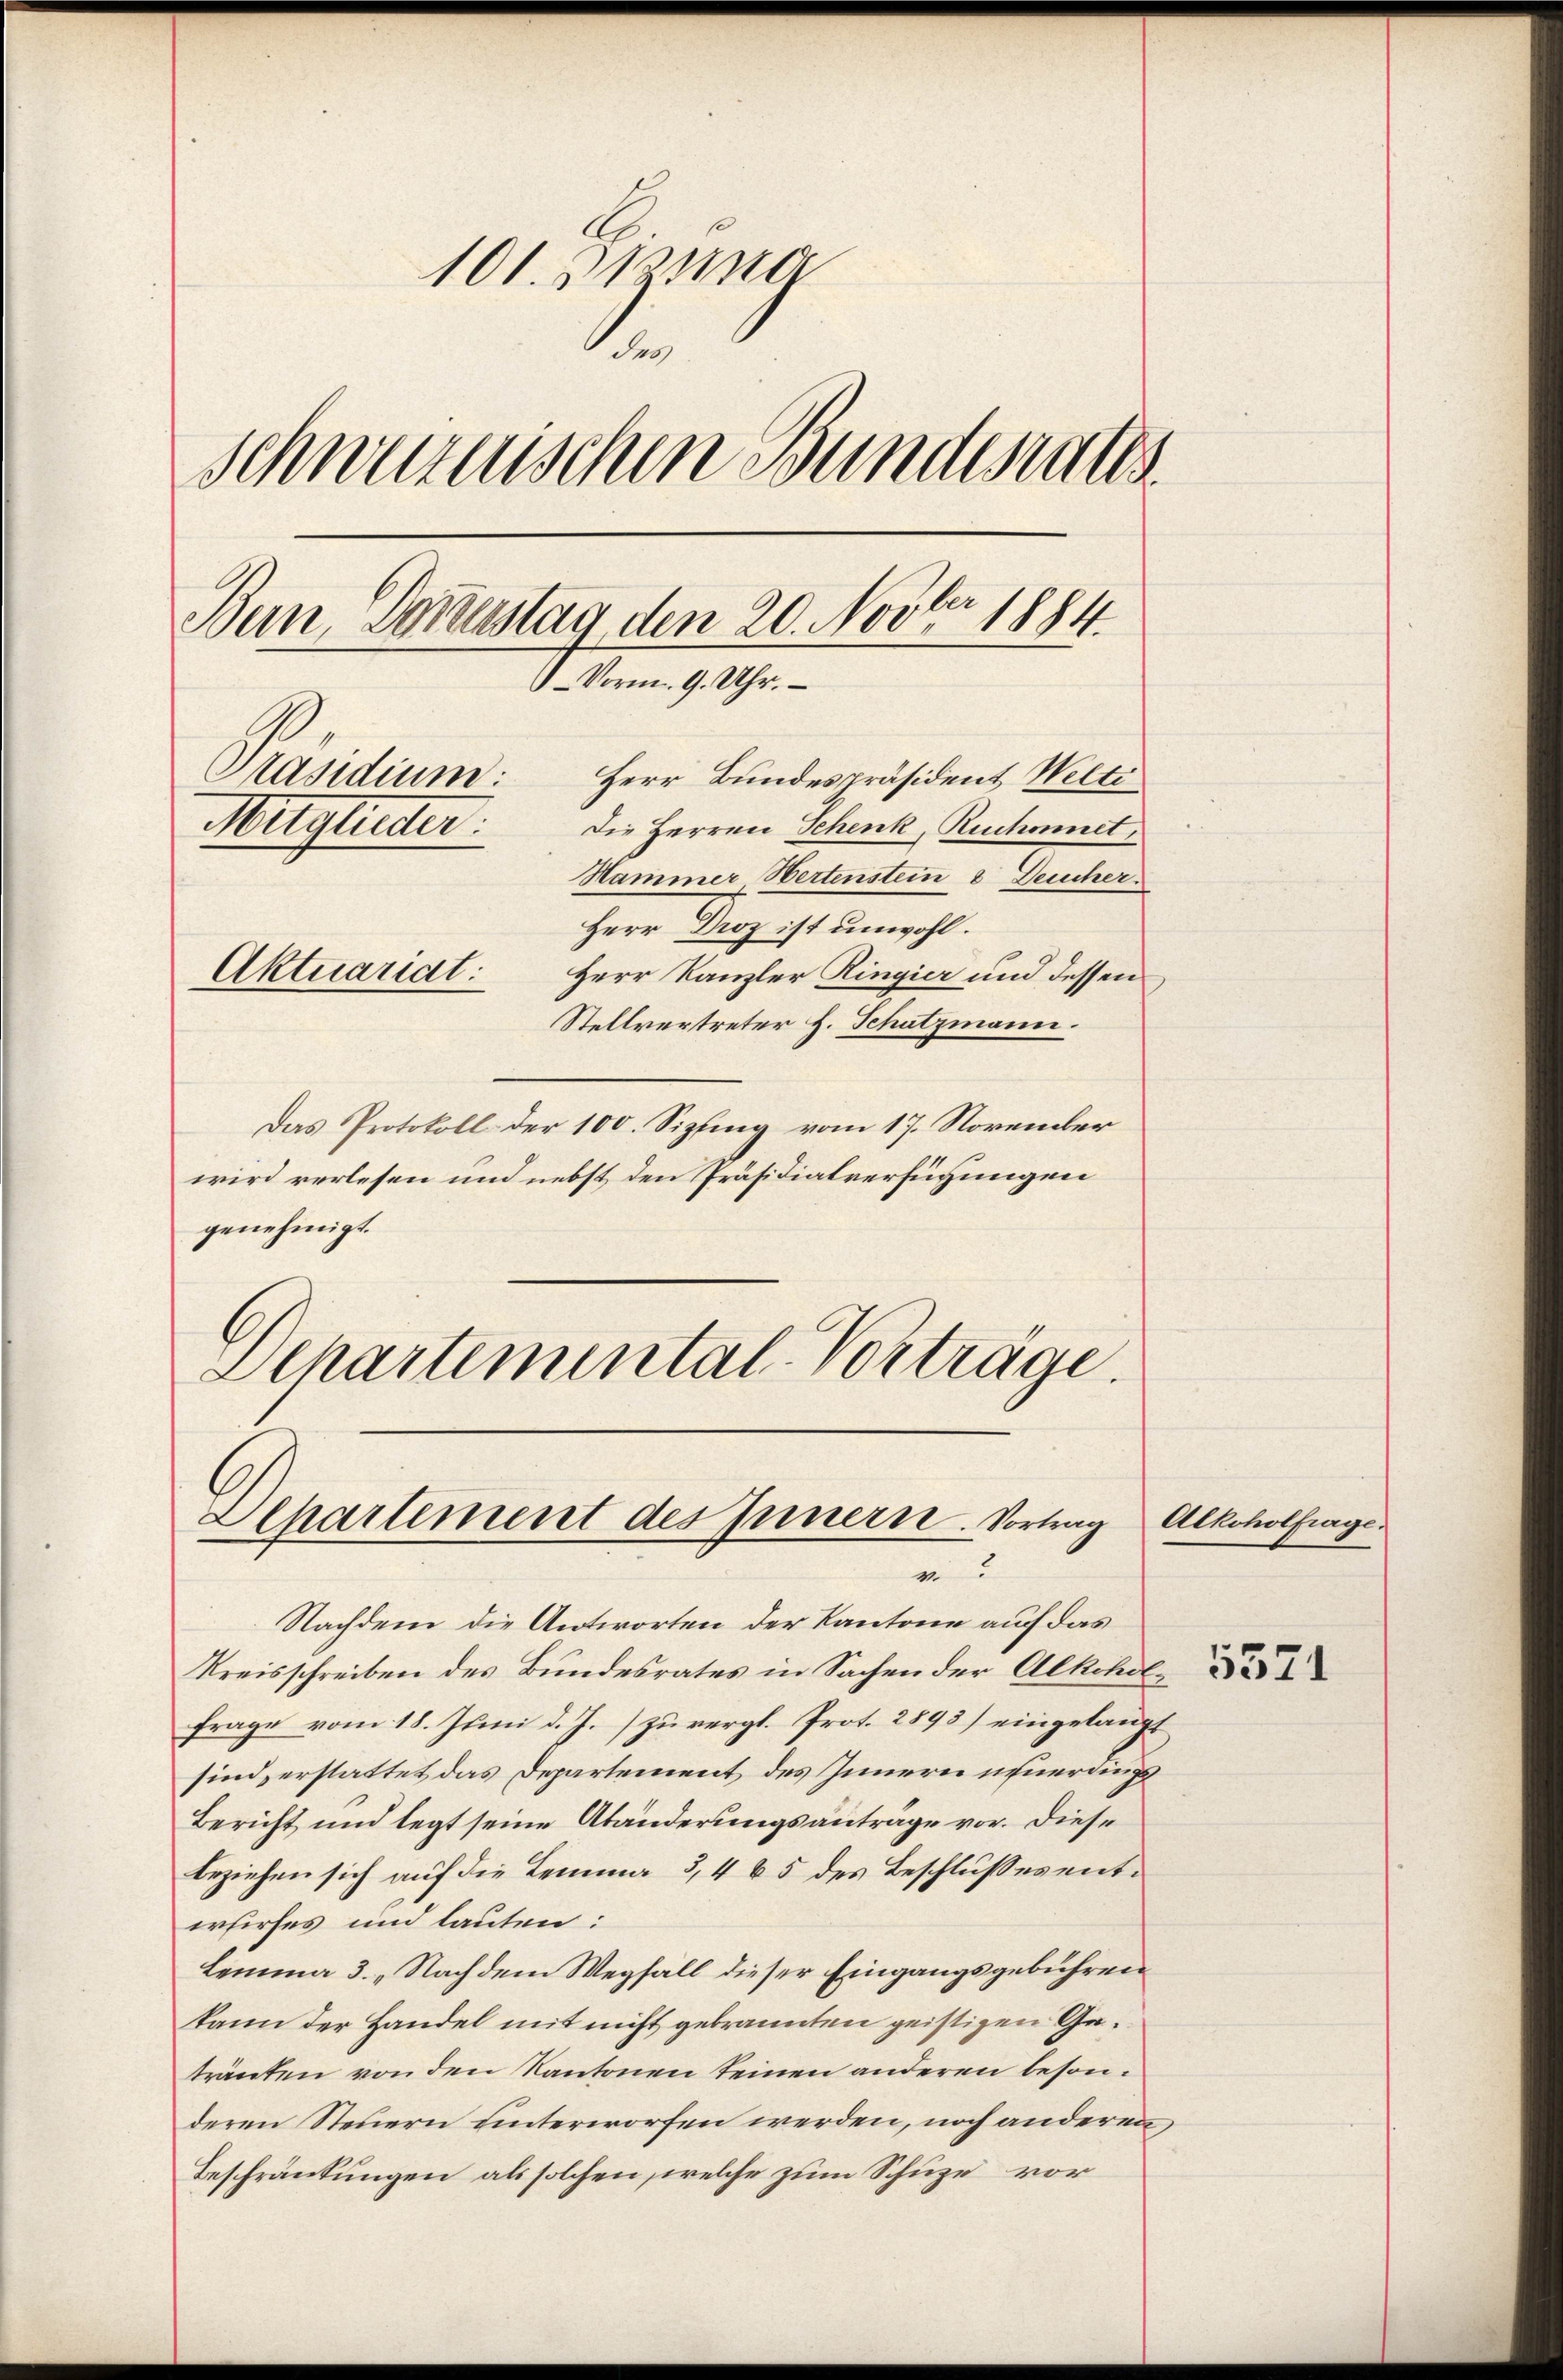
101. 51211110
e
schweizerischen Bundesraths
Bern oranstag den 20. Novber 1884.
6 Vorm. 9. Uhr.
Präsidium:
Herr Bundespräsident Welte
Mitglieder:
Die Herren Schenk, Ruchonnet,
Hammer Hertenstein, 8 Deucher
Herr Droz ist unwohl.
Aktuariat:
Herr Kanzler Ringier und dessen
Stellvertreter H. Schatzmann.

Das Protokoll der 100. Sizling vom 17. November
wird verlesen und nebst den Präsidialverfügungen
genehmigt.
Schartemental-Vorträge.

Elpartement des Innern Vortrag
4

Nachdem die Antworten der Kantone auf das
Kreisschreiben des Bundesrates in Sachen der Alkoholfrage vom 18. Juni d. J.) zu vergl. Prot. 2893) eingelangt
sind, erstattet das Departement des Innern neuerdings
Bericht und legt seine Abänderungsantrage vor. Diese
beziehen sich auf die Lemma 3,4 & 5 des Beschlusses entwrfirfes und lauten:
Lemma 3. „Nach dem Wegfall dieser Eingangsgebühren
kann der Handel mit nicht gebrannten geistigen Getränten von den Kantonen seinen anderen besonderen Steuern unterworfen werden, noch anderen
Beschränkungen als solchen, welche zum Schuze vor

Alkoholfrage.

5571